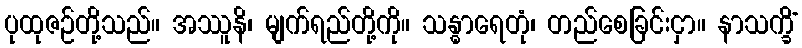
ပုထုဇဉ်တို့သည်။ အဿူနိ၊ မျက်ရည်တို့ကို။ သန္ဓာရေတုံ၊ တည်စေခြင်းငှာ။ နာသက္ခိံ